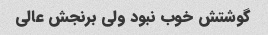
گوشتش خوب نبود ولی برنجش عالی